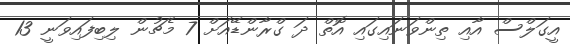
އީގަލްސް އާއި ތިންވަނައިގައި އޮތް ދަ ގްރާންޑޭއަށް 7 މެޗުން ލިބިފައިވަނީ 13